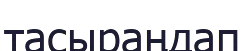
тасыраңдап